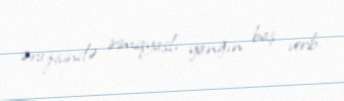
ərazisində irimiqyaslı yanğın baş verib.